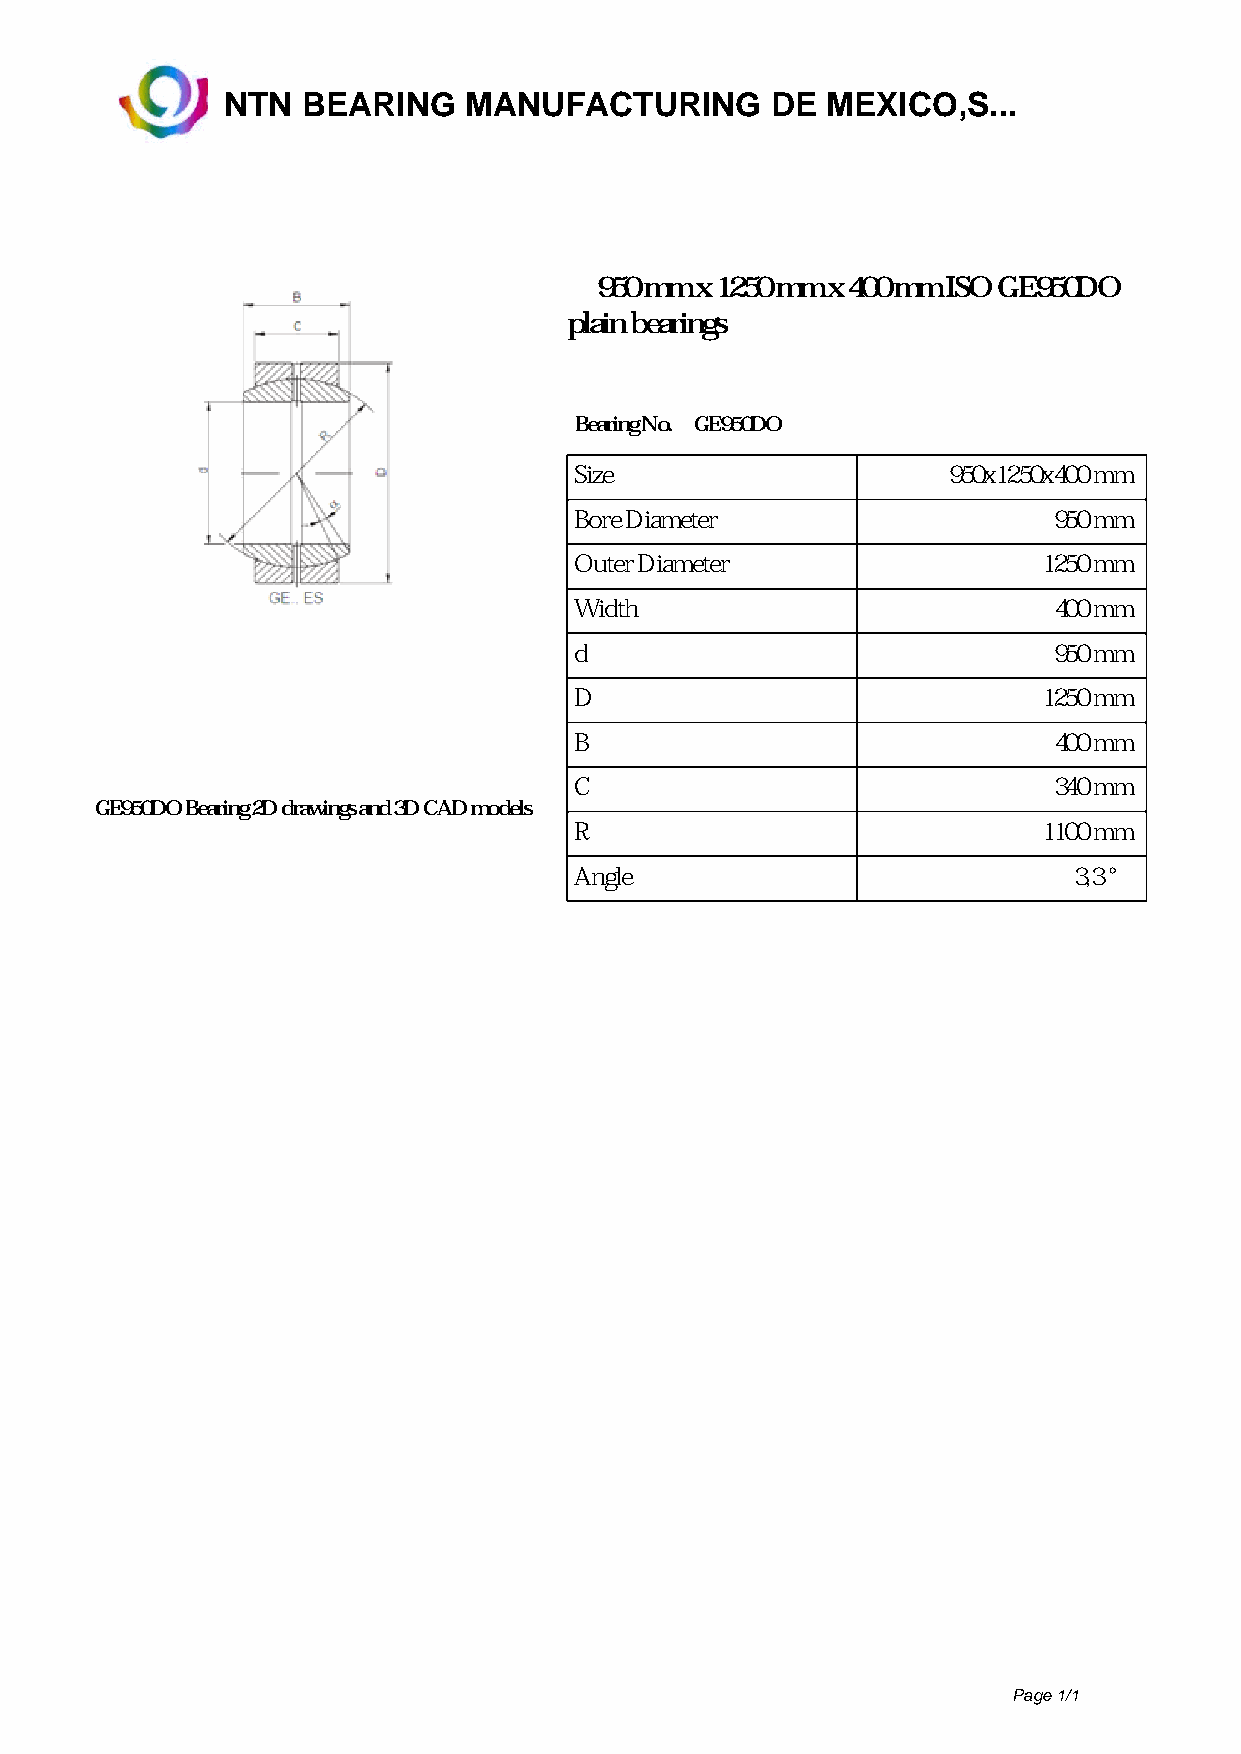
NTN  BEARING    MANUFACTURING       DE  MEXICO,S...
 950 mm x 1250 mm x 400 mm ISO GE950DO
 plain bearings
 Bearing No. GE950DO
 Size                     950x1250x400 mm
 Bore Diameter                   950 mm
 Outer Diameter                 1250 mm
 Width                           400 mm
 d                               950 mm
 D                              1250 mm
 B                               400 mm
 C                               340 mm
 GE950DO Bearing 2D drawings and 3D CAD models
 R                              1100 mm
 Angle                            3,3 °
 Page 1/1
 Powered by TCPDF (www.tcpdf.org)